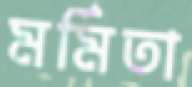
মর্মিতা